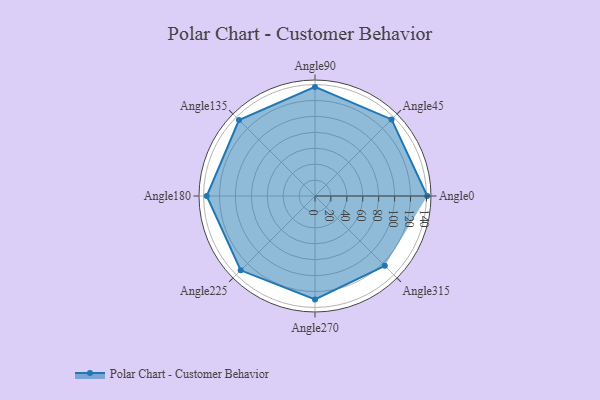
{"axis": {"x": "Angle", "y": "Radius"}, "legend": [""], "data": [{"x": "Angle0", "y": 141.0, "type": ""}, {"x": "Angle45", "y": 136.0, "type": ""}, {"x": "Angle90", "y": 137.0, "type": ""}, {"x": "Angle135", "y": 135.0, "type": ""}, {"x": "Angle180", "y": 136.0, "type": ""}, {"x": "Angle225", "y": 132.0, "type": ""}, {"x": "Angle270", "y": 130.0, "type": ""}, {"x": "Angle315", "y": 124.0, "type": ""}]}